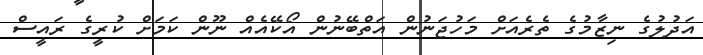
އަދުލުގެ ނިޒާމުގެ ތެރެއަށް މަހުޖަނުން އަތްބޭނުން އޯކޭއެއް ނޫން ކަމަށް ކުރީގެ ރައީސް